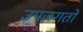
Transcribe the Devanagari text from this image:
उपजगतों